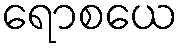
ရောစယေ